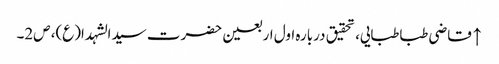
↑ قاضی طباطبایی، تحقیق دربارہ اول اربعین حضرت سیدالشہدا(ع)، ص2۔